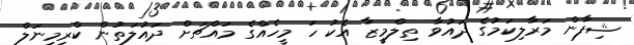
ޝިފާން މަރާލިކަމުގެ ދައުވާ ތިލްމީޒާ އެކު ހަ މީހެއްގެ މައްޗަށް ދައުލަތުން ކްރިމިނަލް